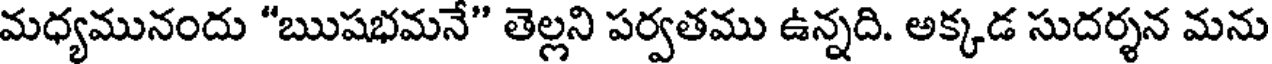
మధ్యమునందు "ఋషభమనే" తెల్లని పర్వతము ఉన్నది. అక్కడ సుదర్శన మను